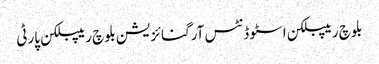
بلوچ ریپبلکن اسٹوڈنٹس آرگنائزیشن بلوچ ریپبلکن پارٹی